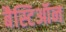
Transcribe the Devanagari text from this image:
बैस्टिऑन